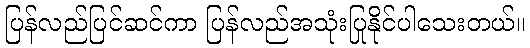
ပြန်လည်ပြင်ဆင်ကာ ပြန်လည်အသုံးပြုနိုင်ပါသေးတယ်။